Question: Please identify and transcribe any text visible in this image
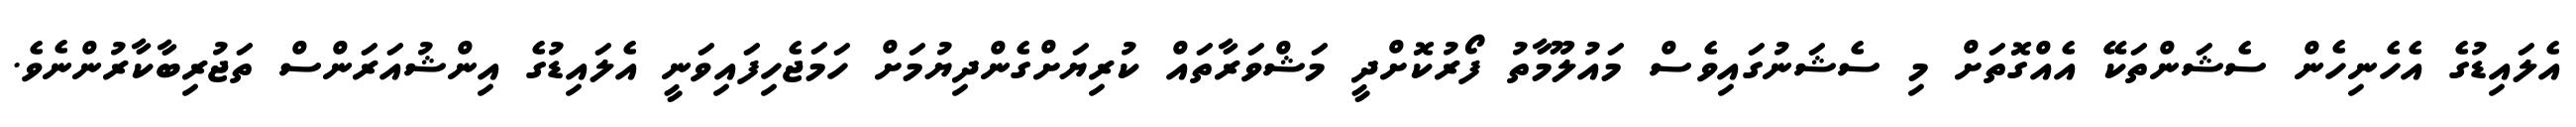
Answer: އެލައިޑުގެ އެހެނިހެން ސެޝަންތަކޭ އެއްގޮތަށް މި ސެޝަނުގައިވެސް މައުލޫމާތު ފޯރުކޮށްދީ މަޝްވަރާތައް ކުރިޔަށްގެންދިޔުމަށް ހަމަޖެހިފައިވަނީ އެލައިޑުގެ އިންޝުއަރަންސް ތަޖުރިބާކާރުންނެވެ.